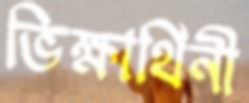
ভিক্ষার্থিনী